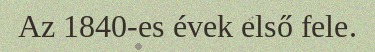
Az 1840-es évek első fele.